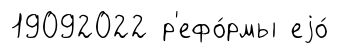
19092022 р'ефо́рмы еjо́